Civil Veterinary Department Bengal reports 1933-51 - 1933-1951
Year: 1933
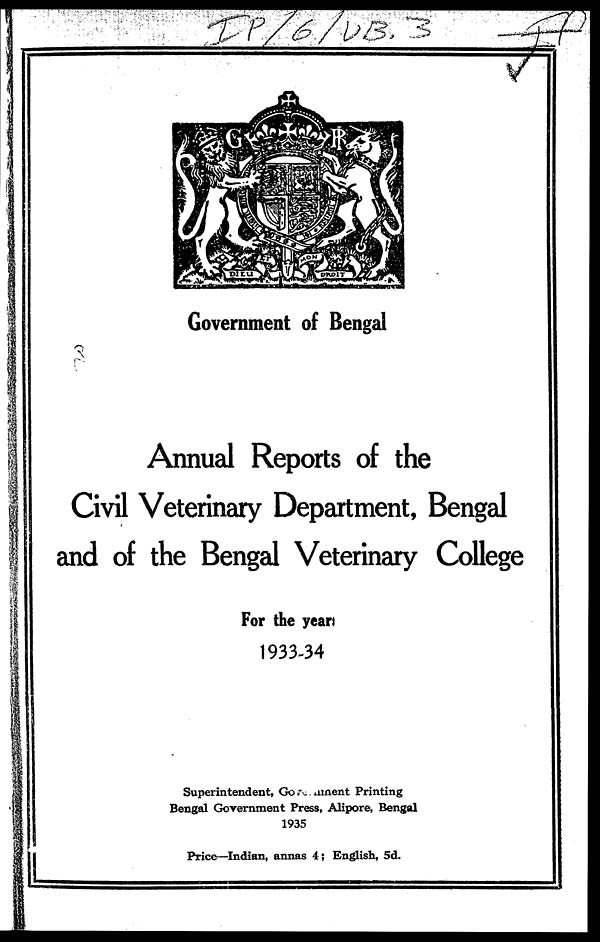
Government of Bengal
Annual Reports of the
Civil Veterinary Department, Bengal
and of the Bengal Veterinary College
For the year
1933-34
Superintendent, Government Printing
Bengal Government Press, Alipore, Bengal
1935
Price—Indian, annas 4; English, 5d.